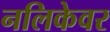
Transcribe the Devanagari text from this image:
नलिकेवर